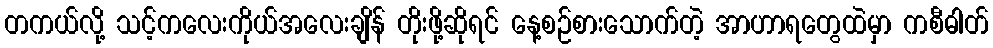
တကယ်လို့ သင့်ကလေးကိုယ်အလေးချိန် တိုးဖို့ဆိုရင် နေ့စဉ်စားသောက်တဲ့ အာဟာရတွေထဲမှာ ကစီဓါတ်